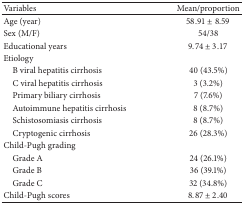
<table><thead><tr><td><b>Variables</b></td><td><b>Mean/proportion </b></td></tr></thead><tbody><tr><td>Age (year)</td><td>58.91 ± 8.59</td></tr><tr><td>Sex (M/F)</td><td>54/38</td></tr><tr><td>Educational years</td><td>9.74 ± 3.17</td></tr><tr><td>Etiology</td><td> </td></tr><tr><td> B viral hepatitis cirrhosis</td><td>40 (43.5%)</td></tr><tr><td> C viral hepatitis cirrhosis</td><td>3 (3.2%)</td></tr><tr><td> Primary biliary cirrhosis</td><td>7 (7.6%)</td></tr><tr><td> Autoimmune hepatitis cirrhosis</td><td>8 (8.7%)</td></tr><tr><td> Schistosomiasis cirrhosis</td><td>8 (8.7%)</td></tr><tr><td> Cryptogenic cirrhosis</td><td>26 (28.3%)</td></tr><tr><td>Child-Pugh grading</td><td> </td></tr><tr><td> Grade A</td><td>24 (26.1%)</td></tr><tr><td> Grade B</td><td>36 (39.1%)</td></tr><tr><td> Grade C</td><td>32 (34.8%)</td></tr><tr><td>Child-Pugh scores</td><td>8.87 ± 2.40</td></tr></tbody></table>